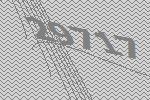
29717